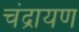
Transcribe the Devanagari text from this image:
चंद्रायण